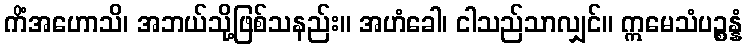
ကိံအဟောသိ၊ အဘယ်သို့ဖြစ်သနည်း။ အဟံခေါ၊ ငါသည်သာလျှင်။ ဣမေသံပဉ္စန္နံ